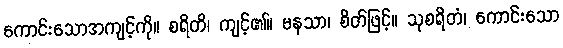
ကောင်းသောအကျင့်ကို။ စရိတိ၊ ကျင့်၏။ မနသာ၊ စိတ်ဖြင့်။ သုစရိတံ၊ ကောင်းသော